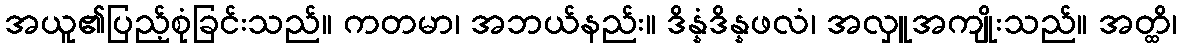
အယူ၏ပြည့်စုံခြင်းသည်။ ကတမာ၊ အဘယ်နည်း။ ဒိန္နံဒိန္နဖလံ၊ အလှူအကျိုးသည်။ အတ္ထိ၊